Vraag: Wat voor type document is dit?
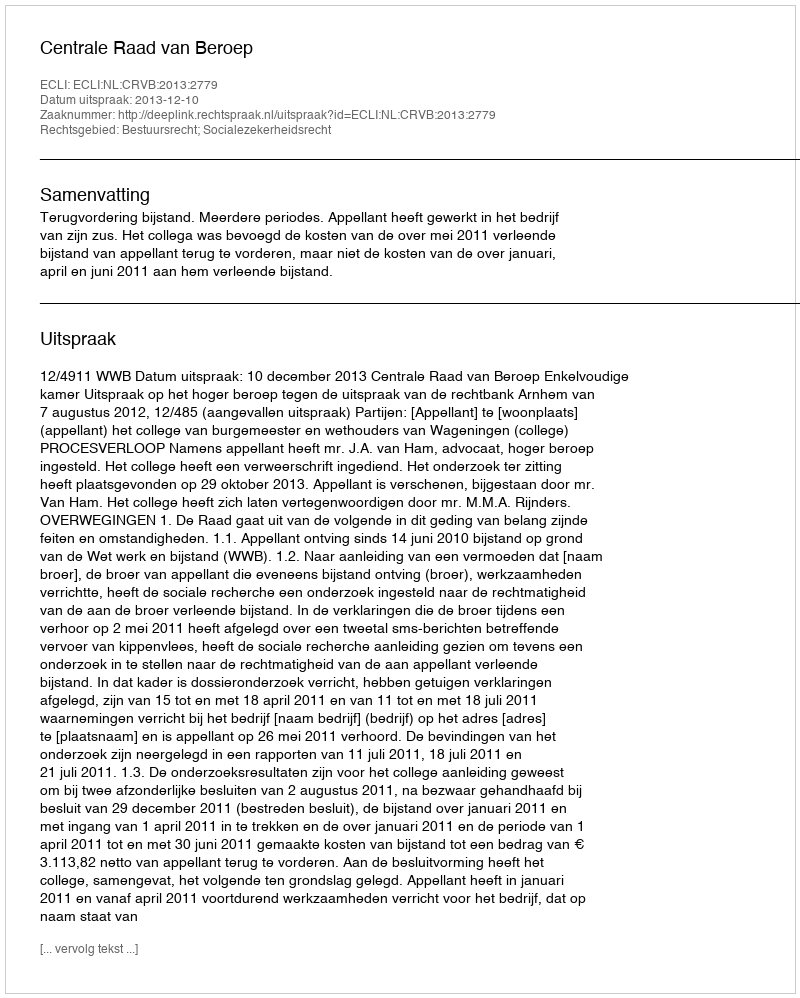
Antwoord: Uitspraak